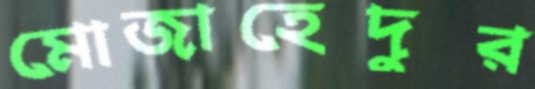
মোজাহেদুর